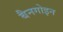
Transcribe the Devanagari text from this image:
बैनगोइन